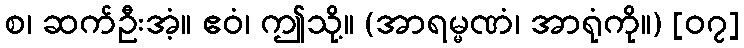
စ၊ ဆက်ဦးအံ့။ ဧဝံ၊ ဤသို့။ (အာရမ္မဏံ၊ အာရုံကို။) [၀၇]